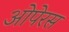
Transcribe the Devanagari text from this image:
ओपेरस